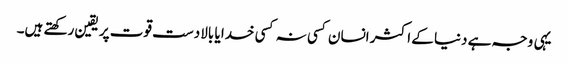
یہی وجہ ہے دنیا کے اکثر انسان کسی نہ کسی خدا یا بالادست قوت پر یقین رکھتے ہیں۔